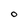
Character: O